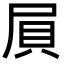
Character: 屓